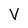
Character: V